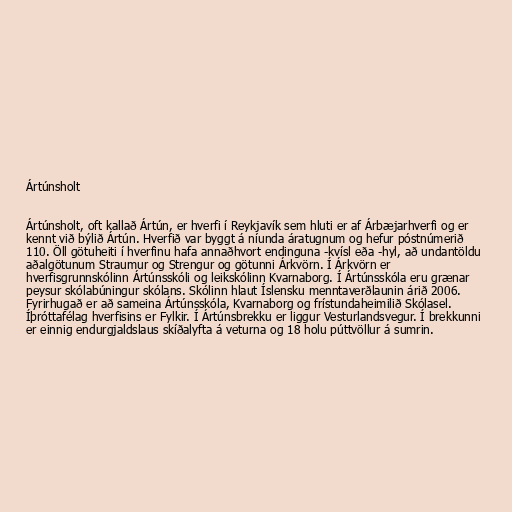
Ártúnsholt

Ártúnsholt, oft kallað Ártún, er hverfi í Reykjavík sem hluti er af Árbæjarhverfi og er
kennt við býlið Ártún. Hverfið var byggt á níunda áratugnum og hefur póstnúmerið
110. Öll götuheiti í hverfinu hafa annaðhvort endinguna -kvísl eða -hyl, að undantöldu
aðalgötunum Straumur og Strengur og götunni Árkvörn. Í Árkvörn er
hverfisgrunnskólinn Ártúnsskóli og leikskólinn Kvarnaborg. Í Ártúnsskóla eru grænar
peysur skólabúningur skólans. Skólinn hlaut Íslensku menntaverðlaunin árið 2006.
Fyrirhugað er að sameina Ártúnsskóla, Kvarnaborg og frístundaheimilið Skólasel.
Íþróttafélag hverfisins er Fylkir. Í Ártúnsbrekku er liggur Vesturlandsvegur. Í brekkunni
er einnig endurgjaldslaus skíðalyfta á veturna og 18 holu púttvöllur á sumrin.